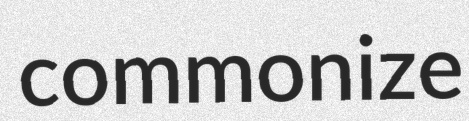
commonize